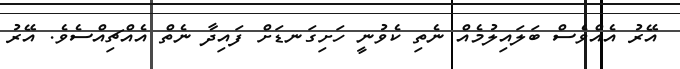
އޭރު އެއްވެސް ބަލައިލުމެއް ނެތި ކެވުނީ ހަށިގަނޑަށް ފައިދާ ނެތް އެއްޗިއްސެވެ. އޭރު